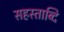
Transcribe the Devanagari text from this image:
सहस्ताब्दि